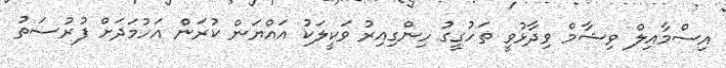
އިސްމާއިލް ވިޝާމް ވިދާޅުވީ ތަހުގީގު ހިންގިއިރު ވަކީލަކު އައްޔަން ކުރަން އަހުމަދަށް ފުރުސަތު